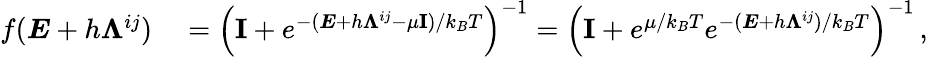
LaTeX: \begin{array}{rl}{f(\boldsymbol{E}+h\boldsymbol{\Lambda}^{ij})}&{{}=\left(\textbf{I}+e^{-(\boldsymbol{E}+h\boldsymbol{\Lambda}^{ij}-\mu\textbf{I})/k_{B}T}\right)^{-1}=\left(\textbf{I}+e^{\mu/k_{B}T}e^{-(\boldsymbol{E}+h\boldsymbol{\Lambda}^{ij})/k_{B}T}\right)^{-1}\, ,}\end{array}